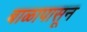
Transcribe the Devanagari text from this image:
बाळापासून